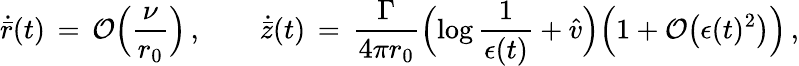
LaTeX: \dot{\bar{r}}(t)\, =\, \mathcal{O}\Bigl(\frac{\nu}{r_{0}}\Bigr)\, ,\qquad\dot{\bar{z}}(t)\, =\, \frac{\Gamma}{4\pi r_{0}}\Bigl(\log\frac{1}{\epsilon(t)}+\hat{v}\Bigr)\Bigl(1+\mathcal{O}\bigl(\epsilon(t)^{2}\bigr)\Bigr)\, ,